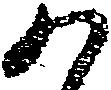
か